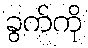
ခွက်ကို